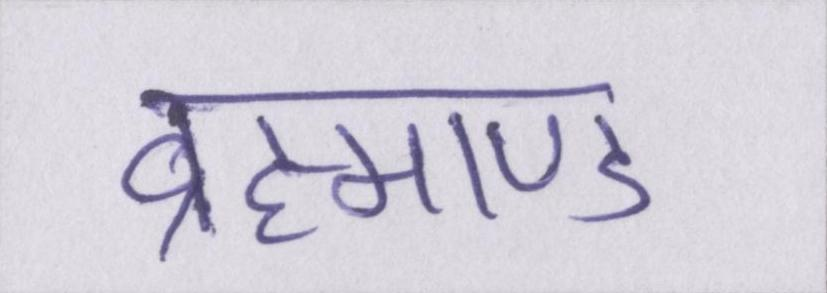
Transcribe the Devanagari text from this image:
ब्रह्माण्ड